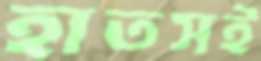
হাতসই